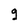
Character: g